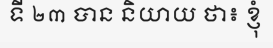
ទី ២៣ បាន និយាយ ថា៖ ខ្ញុំ